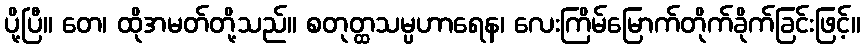
ပို့ပြီ။ တေ၊ ထိုအမတ်တို့သည်။ စတုတ္ထသမ္ပဟာရေန၊ လေးကြိမ်မြောက်တိုက်ခိုက်ခြင်းဖြင့်။